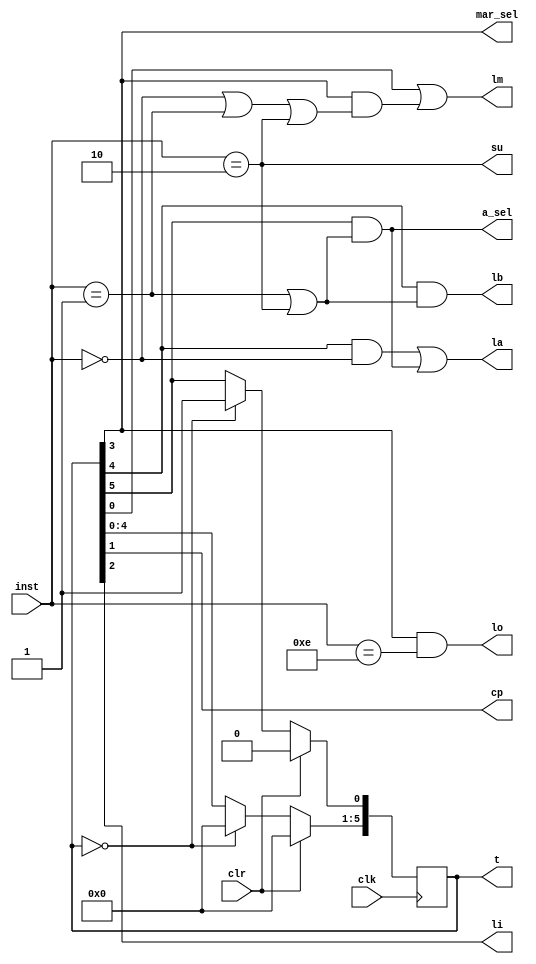
`timescale 1ns / 1ps
//////////////////////////////////////////////////////////////////////////////////
// Company:        Make Hack Void
// 
// Design Name:    sap-1
// Module Name:    controller 
// Target Devices: Spartan 3
// Tool versions:  ISE 14.7
//
// Permission is hereby granted, free of charge, to any person obtaining a copy
// of this software and associated documentation files (the "Software"), to deal
// in the Software without restriction, including without limitation the rights
// to use, copy, modify, merge, publish, distribute, sublicense, and/or sell
// copies of the Software, and to permit persons to whom the Software is
// furnished to do so, subject to the following conditions:
//
// The above copyright notice and this permission notice shall be included in all
// copies or substantial portions of the Software.
//
// THE SOFTWARE IS PROVIDED "AS IS", WITHOUT WARRANTY OF ANY KIND, EXPRESS OR
// IMPLIED, INCLUDING BUT NOT LIMITED TO THE WARRANTIES OF MERCHANTABILITY,
// FITNESS FOR A PARTICULAR PURPOSE AND NONINFRINGEMENT. IN NO EVENT SHALL THE
// AUTHORS OR COPYRIGHT HOLDERS BE LIABLE FOR ANY CLAIM, DAMAGES OR OTHER
// LIABILITY, WHETHER IN AN ACTION OF CONTRACT, TORT OR OTHERWISE, ARISING FROM,
// OUT OF OR IN CONNECTION WITH THE SOFTWARE OR THE USE OR OTHER DEALINGS IN THE
// SOFTWARE.
//
// Description:    Implements the controller/sequencer.
//
//////////////////////////////////////////////////////////////////////////////////

module controller(
    input            clk,     // System clock
    input            clr,     // Clear (reset)
    input [3:0]      inst,    // Instruction from IR (high order bits)
    output reg [6:1] t,       // Current machine T state
    output           mar_sel, // MAR mux select
    output           lm,      // MAR latch control
    output           cp,      // PC increment
    output           li,      // IR latch control
    output           a_sel,   // A reg mux - 0 = ram, 1 = alu
    output           la,      // A reg latch control
    output           lb,      // B reg latch control
    output           su,      // Select alu subtract function
    output           lo       // Output reg latch control
    );

    // Decoded instructions
    wire         lda, add, sub, out, halt;

    // Sequencer generating a series of T states,
    // implements the ring counter.
    // NB. FPGA's generally have D type, rather than JK flip flops.
    // TODO: kinda clunky, could be cleaner.
    always @(negedge clk)
        if (clr)
            t <= 6'b000000;
        else begin
            if (t == 0)
                t <= 6'b000001;
            else begin
                t[6:2] <= t[5:1];
                t[1] <= t[6];
            end
        end

    //
    // Control Matrix
    // --------------
    //

    // The MAR latch operates during T1 when it latches the PC and again
    // in T4 if the current instruction is LDA, ADD or SUB.
    assign lm = t[1] ||
                (t[4] && (lda || add || sub));

    // The A register latches either in T5 (LDA) or T6 (ADD and SUB)
    assign la = (t[5] && lda) ||
                (t[6] && (add || sub));

    // In T6 (ADD or SUB) the A reg takes its input from the adder/subtractor (alu)
    assign a_sel = t[6] && (add || sub);

    // The B register latches in T5 (ADD and SUB)
    assign lb = t[5] && (add || sub);

    // The output register latches in T4 (OUT)
    assign lo = t[4] && out;

    //
    // End Control Matrix
    // ------------------
    //

    // Instruction Decode
    // ------------------
    // Logically equivalent to the inverter/NAND gate matrix on
    // LHS of Fig 10-15.
    assign lda = (inst == 4'b0000);
    assign add = (inst == 4'b0001);
    assign sub = (inst == 4'b0010);
    assign out = (inst == 4'b1110);
    assign halt = (inst == 4'b1111);

    // Some signals only occur in certain T states
    assign cp = t[2];
    assign li = t[3];
    assign mar_sel = t[4];

    // Simple alias
    assign su = sub;

endmodule